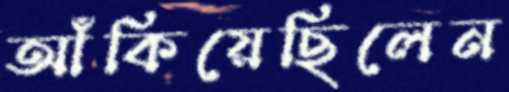
আঁকিয়েছিলেন